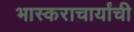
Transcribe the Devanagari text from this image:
भास्कराचार्यांची